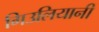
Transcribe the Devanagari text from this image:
गिउलियानी